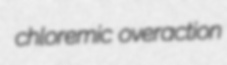
chloremic overaction